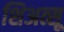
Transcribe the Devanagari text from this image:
शिअत्सू